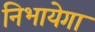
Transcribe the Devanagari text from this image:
निभायेगा